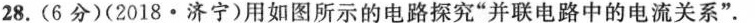
28.(6分)(2018\cdot 济宁)用如图所示的电路探究”并联电路中的电流关系”。